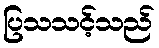
ပြသသင့်သည်